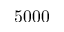
5 0 0 0